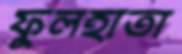
ফুলহাতা